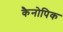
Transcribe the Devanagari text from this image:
कैनोपिक